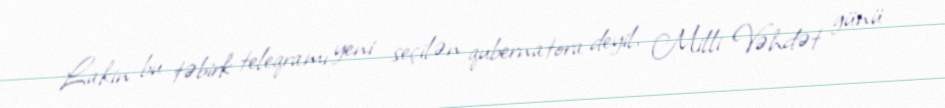
Lakin bu təbirk teleqramı yeni seçilən qubernatora deyil, Milli Vəhdət günü